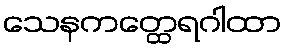
သေနကတ္ထေရဂါထာ